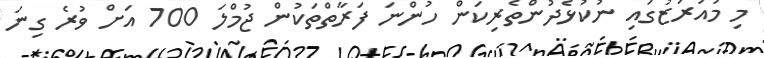
މި މައުރަޒުގައި ނުކުޅެދުންތެރިކަން ހުންނަ ފަރާތްތަކުން ޖުމްލަ 700 އަށް ވުރެ ގިނަ